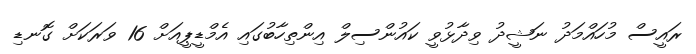
ރައީސް މުހައްމަދު ނަޝީދު ވިދާޅުވީ ކައުންސިލް އިންތިހާބުގައި އެމްޑީޕީއަށް 16 ވަރަކަށް ގޮނޑި